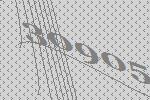
30905